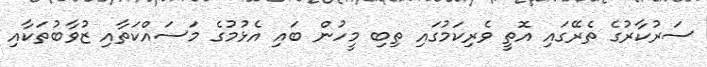
ސަރުކާރުގެ ތެރޭގައި އޮތީ ވެރިކަމުގައި ތިބި މީހުން ބައި އެޅުމުގެ މަސައްކަތާއި ޒުވާބުތަކާއި